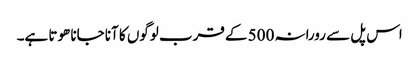
اس پل سے رورانہ 500 کے قرب لوگوں کا آنا جانا ھوتا ہے۔